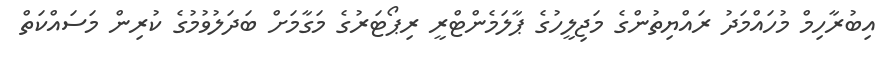
އިބުރާހިމް މުހައްމަދު ރައްޔިތުންގެ މަޖިލީހުގެ ޕާލަމެންޓްރީ ރިޕޯޓަރުގެ މަގާމަށް ބަދަލުވުމުގެ ކުރިން މަސައްކަތް